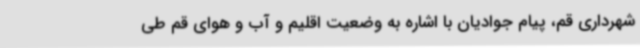
شهرداری قم، پیام جوادیان با اشاره به وضعیت اقلیم و آب و هوای قم طی